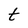
Character: t